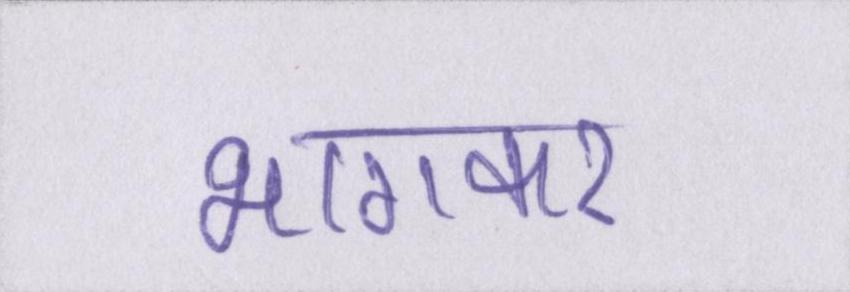
भागकर